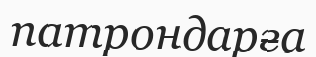
патрондарға